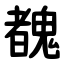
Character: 䰩